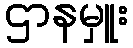
ဌာနမှူး